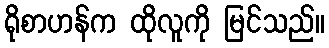
ရိုစာဟန်က ထိုလူကို မြင်သည်။